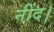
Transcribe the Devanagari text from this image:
नींद।